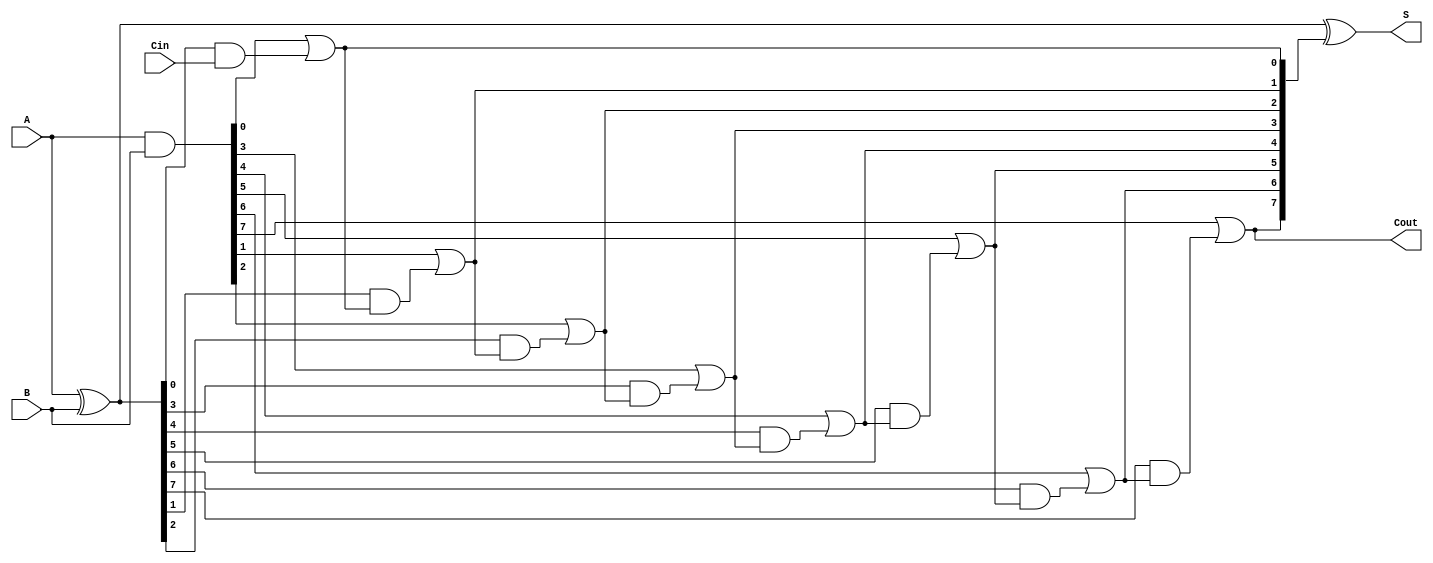
module SklanskyAdder #(parameter n = 8) (
    input  [n-1:0] A,      // First n-bit input
    input  [n-1:0] B,      // Second n-bit input
    input          Cin,     // Carry-in
    output [n-1:0] S,      // n-bit sum output
    output         Cout     // Carry-out
);

    // Generate and propagate signals
    wire [n-1:0] G; // Generate signals
    wire [n-1:0] P; // Propagate signals
    wire [n:0] C;   // Carry signals (C[0] = Cin)

    // Generate and propagate calculations
    assign G = A & B;          // Generate: G[i] = A[i] & B[i]
    assign P = A ^ B;          // Propagate: P[i] = A[i] ^ B[i]

    // Carry signal calculations
    assign C[0] = Cin;         // Initial carry-in
    genvar i;
    generate
        for (i = 0; i < n; i = i + 1) begin : carry_generation
            if (i == 0) begin
                assign C[i + 1] = G[i] | (P[i] & C[i]); // C[1]
            end else begin
                assign C[i + 1] = G[i] | (P[i] & C[i]); // C[i + 1]
            end
        end
    endgenerate

    // Sum calculation
    assign S = P ^ C[n:1]; // S[i] = P[i] ^ C[i]

    // Final carry-out
    assign Cout = C[n]; // Final carry-out

endmodule